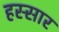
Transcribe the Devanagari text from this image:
हस्सार